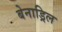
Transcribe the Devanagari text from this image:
बेनाड्रिल